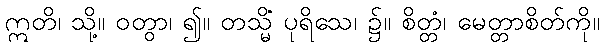
ဣတိ၊ သို့။ ဝတွာ၊ ၍။ တသ္မိံ ပုရိသေ၊ ၌။ စိတ္တံ၊ မေတ္တာစိတ်ကို။